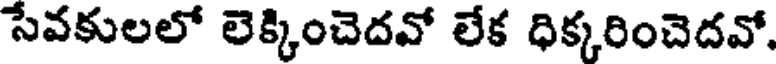
సేవకులలో లెక్కించెదవో లేక ధిక్కరించెదవో,